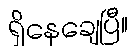
ရှိနေချေပြီ။